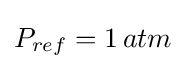
P_{ref}=1\,atm